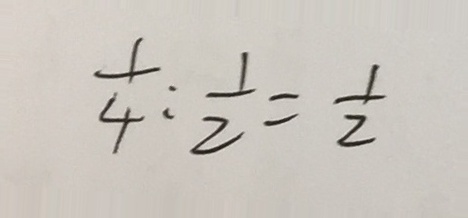
\frac { 1 } { 4 } : \frac { 1 } { 2 } = \frac { 1 } { 2 }